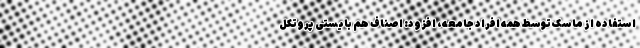
استفاده از ماسک توسط همه افراد جامعه، افزود: اصناف هم بایستی پروتکل